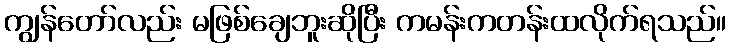
ကျွန်တော်လည်း မဖြစ်ချေဘူးဆိုပြီး ကမန်းကတန်းထလိုက်ရသည်။